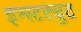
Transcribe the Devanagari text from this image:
इन्स्टट्यूट